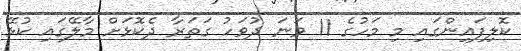
ކޮލިފައިންގައި މި މަހުގެ 11 ވަނަ ދުވަހު ގަތަރާ ދެކޮޅަށް މާލޭގައި ކުޅޭ